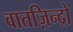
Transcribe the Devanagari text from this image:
वातज़िन्द्रो